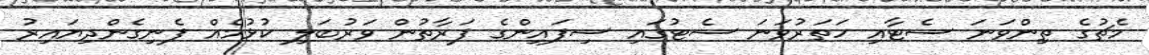
މެޗުގެ ތިންވަނަ ސެޓާއި ހަތަރުވަނަ ސެޓުގައި ސިފައިންގެ ފަރާތުން ވަރުބަލި ކުޅުމެއް ފެނިގެންދިޔައިރު